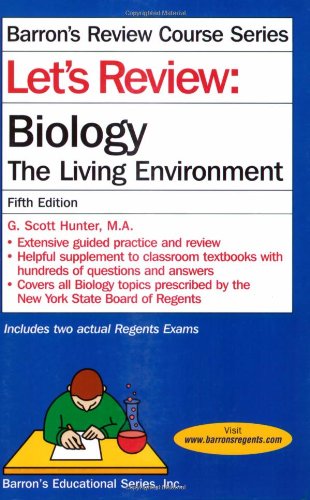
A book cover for Let's Review: Biology, The Living Environment (Let's Review Series); G. Scott Hunter; Test Preparation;